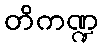
တိကဏ္ဍ